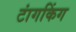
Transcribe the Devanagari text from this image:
टांगकिंग